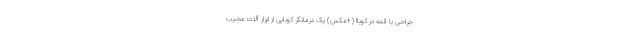
جراحی با قمه در کوبا! (+عکس) یک درمانگر کوبایی از ابزار آلات عجیب